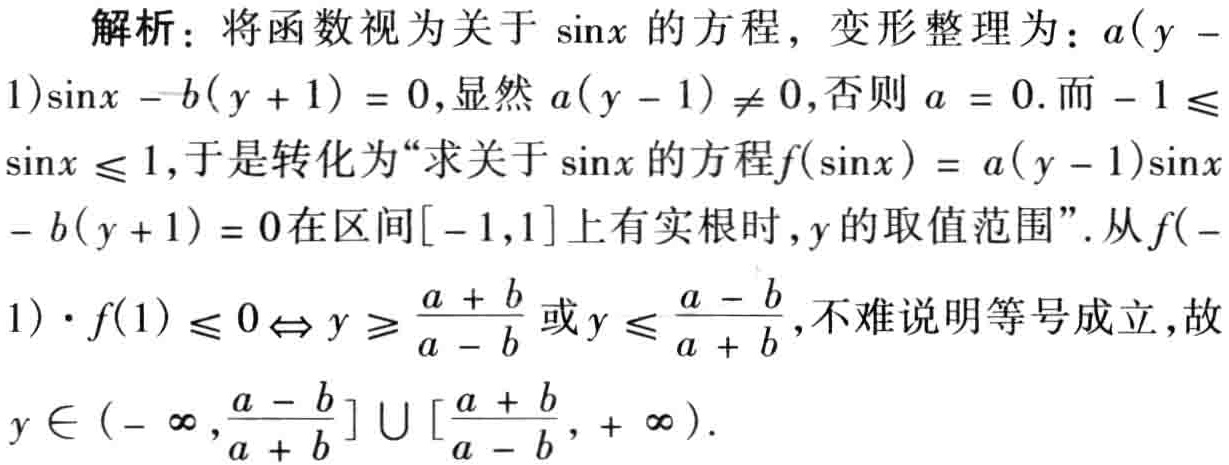
解析：将函数视为关于\(\sin x\)的方程，变形整理为：\(a(y - 1)\sin x - b(y + 1) = 0\)，显然\(a(y - 1)\neq 0\)，否则\(a = 0\). 而\(- 1\leqslant\sin x\leqslant 1\)，于是转化为“求关于\(\sin x\)的方程\(f(\sin x) = a(y - 1)\sin x - b(y + 1) = 0\)在区间\([-1,1]\)上有实根时，\(y\)的取值范围”. 从\(f(-1)\cdot f(1)\leqslant 0\Leftrightarrow y\geqslant \frac{a + b}{a - b}\)或\(y\leqslant \frac{a - b}{a + b}\)，不难说明等号成立，故\(y\in (-\infty,\frac{a - b}{a + b}]\cup [\frac{a + b}{a - b},+\infty)\).